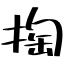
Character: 掏